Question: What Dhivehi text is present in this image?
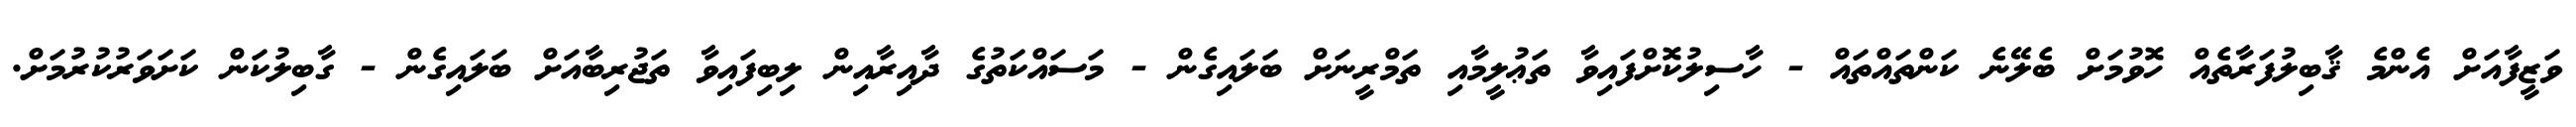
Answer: ވަޒީފާއަށް އެންމެ ޤާބިލުފަރާތެއް ހޮވުމަށް ބެލޭނެ ކަންތައްތައް - ހާސިލުކޮށްފައިވާ ތަޢުލީމާއި ތަމްރީނަށް ބަލައިގެން - މަސައްކަތުގެ ދާއިރާއިން ލިބިފައިވާ ތަޖުރިބާއަށް ބަލައިގެން - ގާބިލުކަން ކަށަވަރުކުރުމަށް.